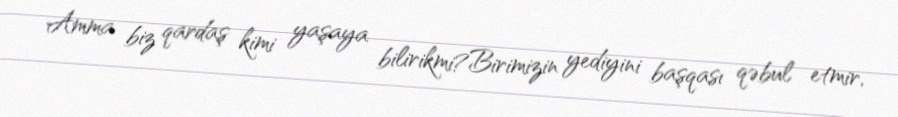
Amma biz qardaş kimi yaşaya bilirikmi?Birimizin yediyini başqası qəbul etmir,